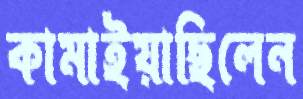
কামাইয়াছিলেন